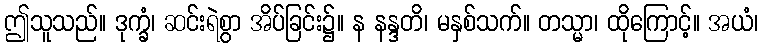
ဤသူသည်။ ဒုက္ခံ၊ ဆင်းရဲစွာ အိပ်ခြင်း၌။ န နန္ဒတိ၊ မနှစ်သက်။ တသ္မာ၊ ထိုကြောင့်။ အယံ၊